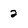
Character: 2